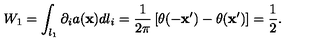
W _ { 1 } = \int _ { l _ { 1 } } \partial _ { i } a ( { \bf x } ) d l _ { i } = \frac { 1 } { 2 \pi } \left[ \theta ( - { \bf x } ^ { \prime } ) - \theta ( { \bf x } ^ { \prime } ) \right] = \frac { 1 } { 2 } .